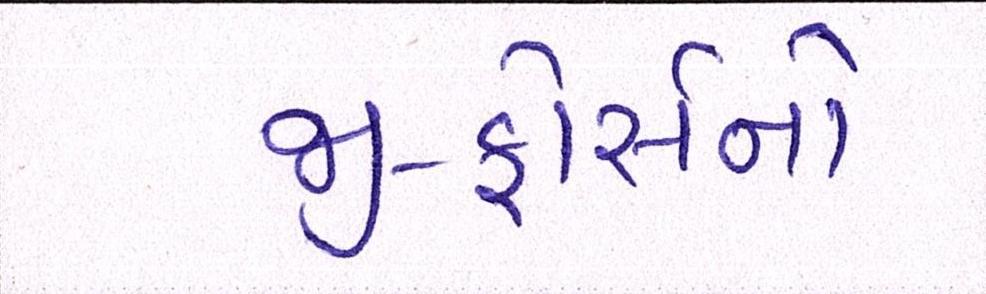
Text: જી-ફોર્સનો